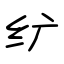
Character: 纩